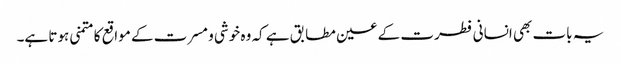
یہ بات بھی انسانی فطرت کے عین مطابق ہے کہ وہ خوشی و مسرت کے مواقع کا متمنی ہوتا ہے۔